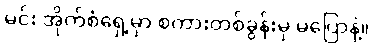
မင်း အိုက်စံရှေ့မှာ စကားတစ်ခွန်းမှ မပြောနဲ့။